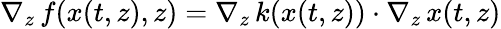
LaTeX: \nabla_{z}\, f(x(t,z),z)=\nabla_{z}\, k(x(t,z))\cdot\nabla_{z}\, x(t,z)